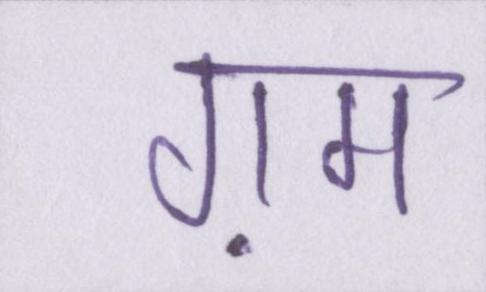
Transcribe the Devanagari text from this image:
ग़म